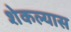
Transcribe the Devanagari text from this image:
शेकल्यास